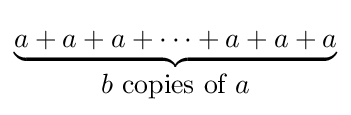
\underbrace {a+a+a+\cdots +a+a+a} _{\displaystyle b{\mbox{ copies of }}a}